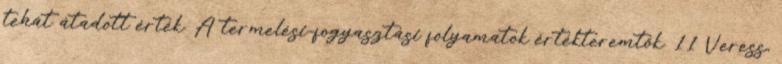
tehát átadott érték. A termelési-fogyasztási folyamatok értékteremtők. 11 Veress,